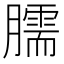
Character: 臑